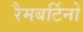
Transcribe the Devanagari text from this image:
रैमबर्टिनो